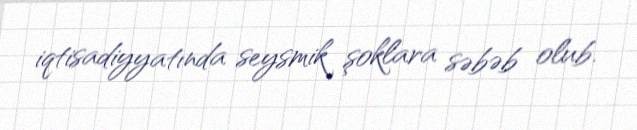
iqtisadiyyatında seysmik şoklara səbəb olub.